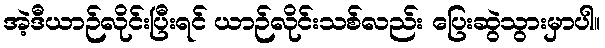
အဲ့ဒီယာဉ်လိုင်းပြီးရင် ယာဉ်လိုင်းသစ်လည်း ပြေးဆွဲသွားမှာပါ။